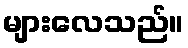
များလေသည်။